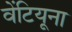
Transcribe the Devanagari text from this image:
वेंटियूना